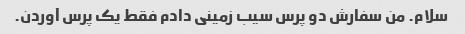
سلام. من سفارش دو پرس سیب زمینی دادم فقط یک پرس آوردن.